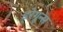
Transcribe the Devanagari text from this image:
ड्रेगून्स